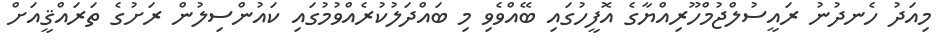
މިއަދު ހެނދުނު ރައީސުލްޖުމްހޫރިއްޔާގެ އޮފީހުގައި ބޭއްވެވި މި ބައްދަލުކުރެއްވުމުގައި ކައުންސިލުން ރަށުގެ ތަރައްޤީއަށް